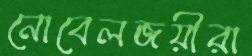
নোবেলজয়ীরা